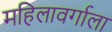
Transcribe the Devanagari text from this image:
महिलावर्गाला